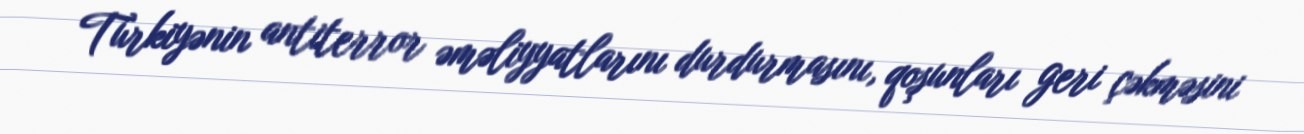
Türkiyənin antiterror əməliyyatlarını durdurmasını, qoşunları geri çəkməsini